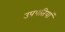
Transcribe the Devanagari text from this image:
उपपतियां